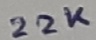
Text: 22K